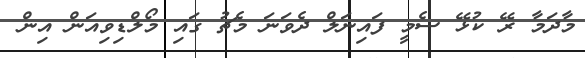
މާދަމާ ރޭ ކުޅޭ ސެމީ ފައިނަލް ދެވަނަ މެޗު ގައި މޯލްޑިވިއަން އިން